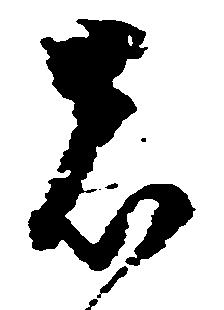
者